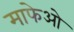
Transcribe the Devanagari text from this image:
माफेओ